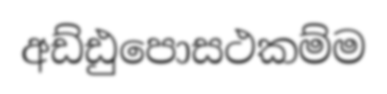
අඩ්ඪුපොසථකම්ම